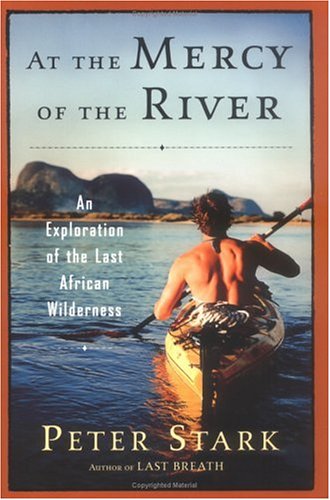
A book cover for At the Mercy of the River: An Exploration of the Last African Wilderness; Peter Stark; Travel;